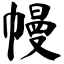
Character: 幔